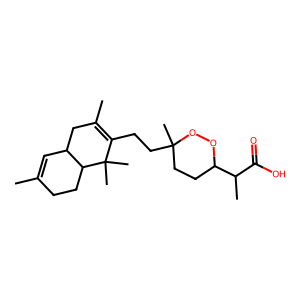
SMILES: CC1=CC2CC(C)=C(CCC3(C)CCC(C(C)C(=O)O)OO3)C(C)(C)C2CC1
Inhibits HIV replication: No